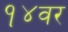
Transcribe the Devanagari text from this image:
१४वर